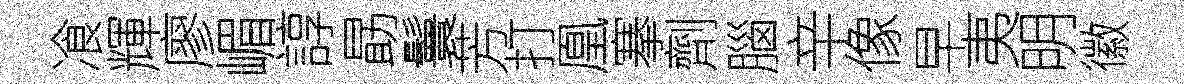
飡輝廖嵋諄勗鬟芳打凰搴劑腦辛像早夷明徽